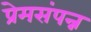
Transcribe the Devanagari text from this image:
प्रेमसंपन्न